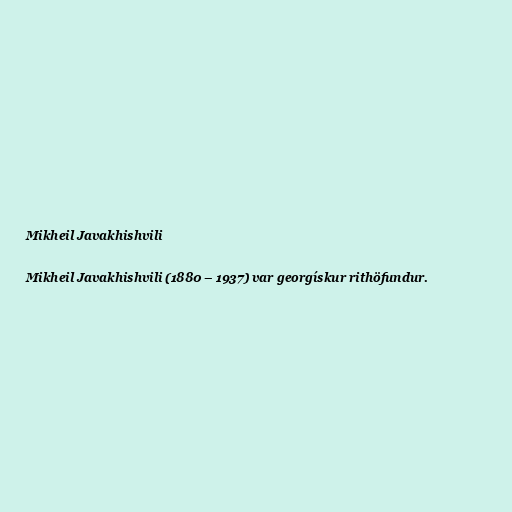
Mikheil Javakhishvili

Mikheil Javakhishvili (1880 – 1937) var georgískur rithöfundur.